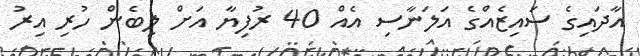
އާދައިގެ ސައިޒެއްގެ އަލަނާސި އެއް 40 ރުފިޔާ އަށް ލިބެން ހުރި އިރު